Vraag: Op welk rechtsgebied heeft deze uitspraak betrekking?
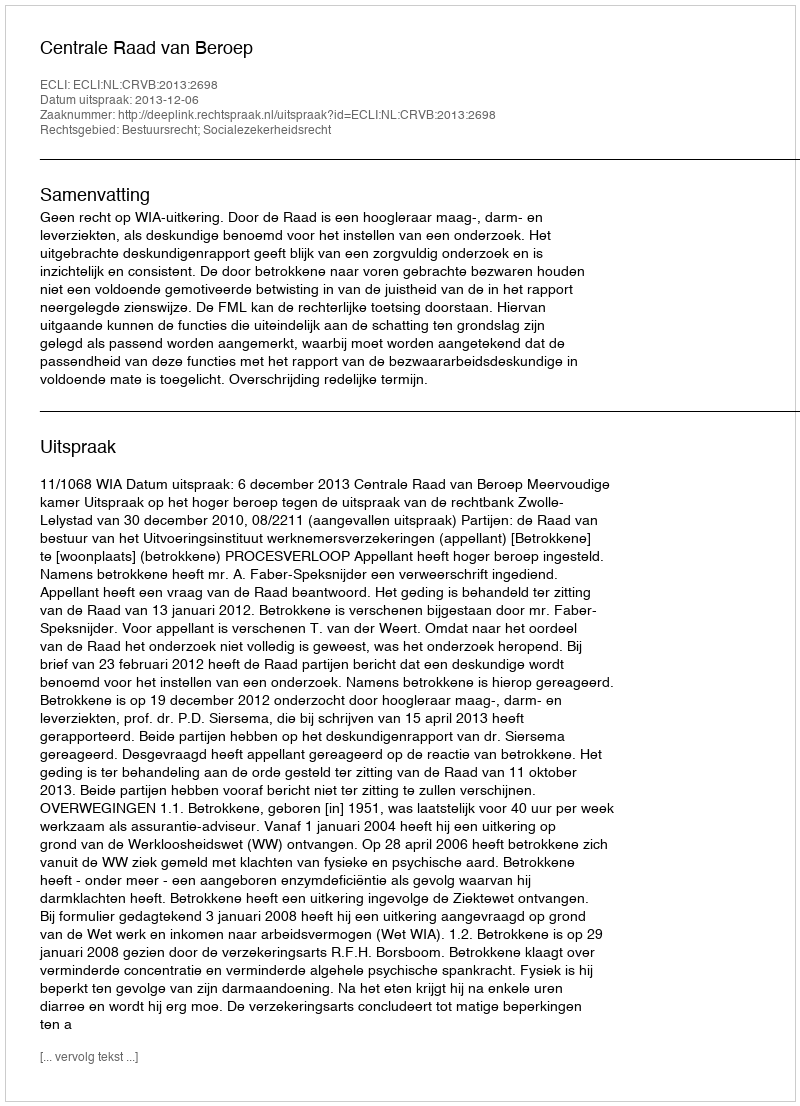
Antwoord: Bestuursrecht; Socialezekerheidsrecht